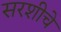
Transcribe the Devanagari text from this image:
सरशीचे